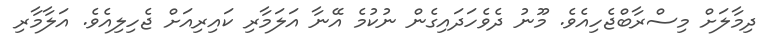
ދިމާލަށް މިސްރާބްޖެހިއެވެ. މޫނު ދެވެހަދައިގެން ނުކުމެ އޭނާ އަލަމާރި ކައިރިއަށް ޖެހިލިއެވެ. އަލާމާރި